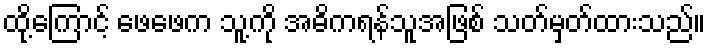
ထို့ကြောင့် ဖေဖေက သူ့ကို အဓိကရန်သူအဖြစ် သတ်မှတ်ထားသည်။